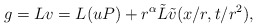
\begin{align*}g= Lv= L(uP) + r^{\alpha} \tilde L \tilde v (x/r, t/r^2),\end{align*}